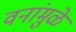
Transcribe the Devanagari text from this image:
वनांमुळे